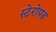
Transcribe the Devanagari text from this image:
स्टेरोयड